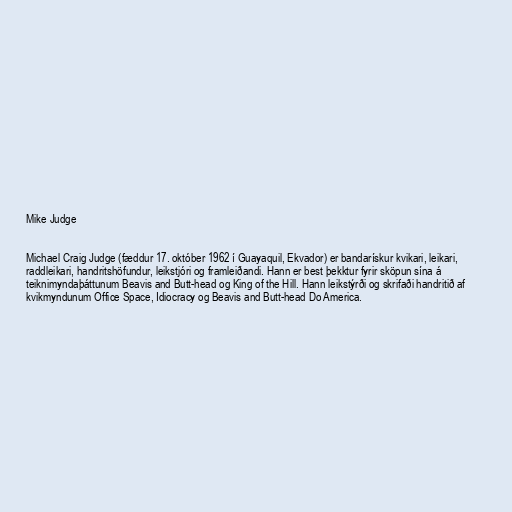
Mike Judge

Michael Craig Judge (fæddur 17. október 1962 í Guayaquil, Ekvador) er bandarískur kvikari, leikari,
raddleikari, handritshöfundur, leikstjóri og framleiðandi. Hann er best þekktur fyrir sköpun sína á
teiknimyndaþáttunum Beavis and Butt-head og King of the Hill. Hann leikstýrði og skrifaði handritið af
kvikmyndunum Office Space, Idiocracy og Beavis and Butt-head Do America.